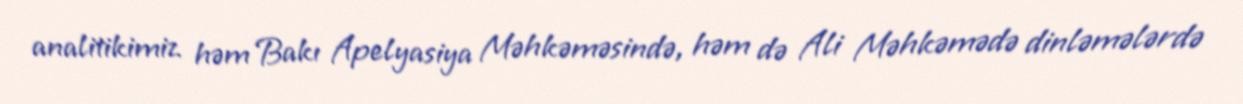
analitikimiz həm Bakı Apelyasiya Məhkəməsində, həm də Ali Məhkəmədə dinləmələrdə